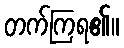
တက်ကြရ၏။